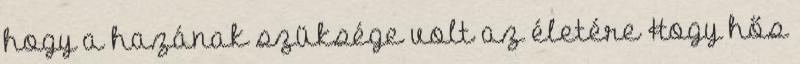
hogy a hazának szüksége volt az életére Hogy hős